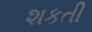
શકતી